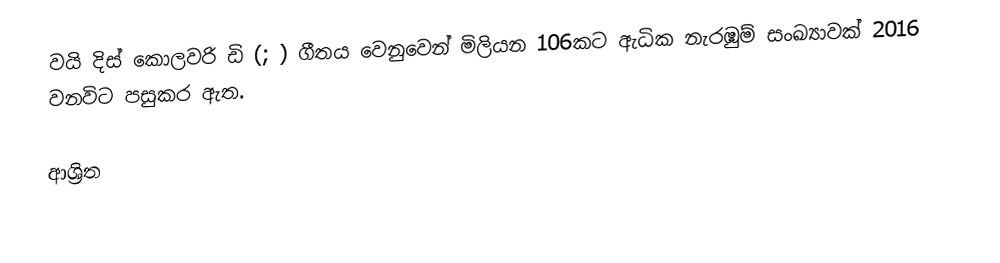
වයි දිස් කොලවරි ඩි (;  ) ගීතය වෙනුවෙන් මිලියන 106කට ඇධික නැරඹුම් සංඛ්‍යාවක් 2016 වනවිට පසුකර ඇත.

ආශ්‍රිත